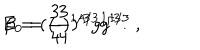
E _ { 0 } = ( { \frac { 3 } { 4 } } ) ^ { 4 / 3 } g ^ { 1 / 3 } ~ , \hspace { . 5 i n } \beta = ( { \frac { 3 } { 4 } } ) ^ { 1 / 3 } g ^ { 1 / 3 } .